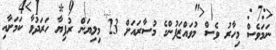
ނަމަވެސް މިހާރު ވެސް މުވައްޒަފުންގެ މުސާރައަށް 23 މިލިޔަން ރުފިޔާ ހަރަދުވާ ކަމަށާއި